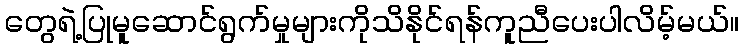
တွေရဲ့ပြုမူဆောင်ရွက်မှုများကိုသိနိုင်ရန်ကူညီပေးပါလိမ့်မယ်။